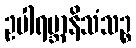
ဥပါရမ္ဘာနိသံသဉ္စ